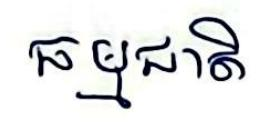
ធម្មជាតិ